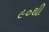
૯૦થી